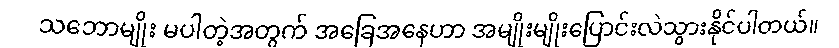
သဘောမျိုး မပါတဲ့အတွက် အခြေအနေဟာ အမျိုးမျိုးပြောင်းလဲသွားနိုင်ပါတယ်။